342_HS1-416511228_319.1 Flying Discs 1949
Agency: Department of War
Incident date: 1/9/50
Page 45
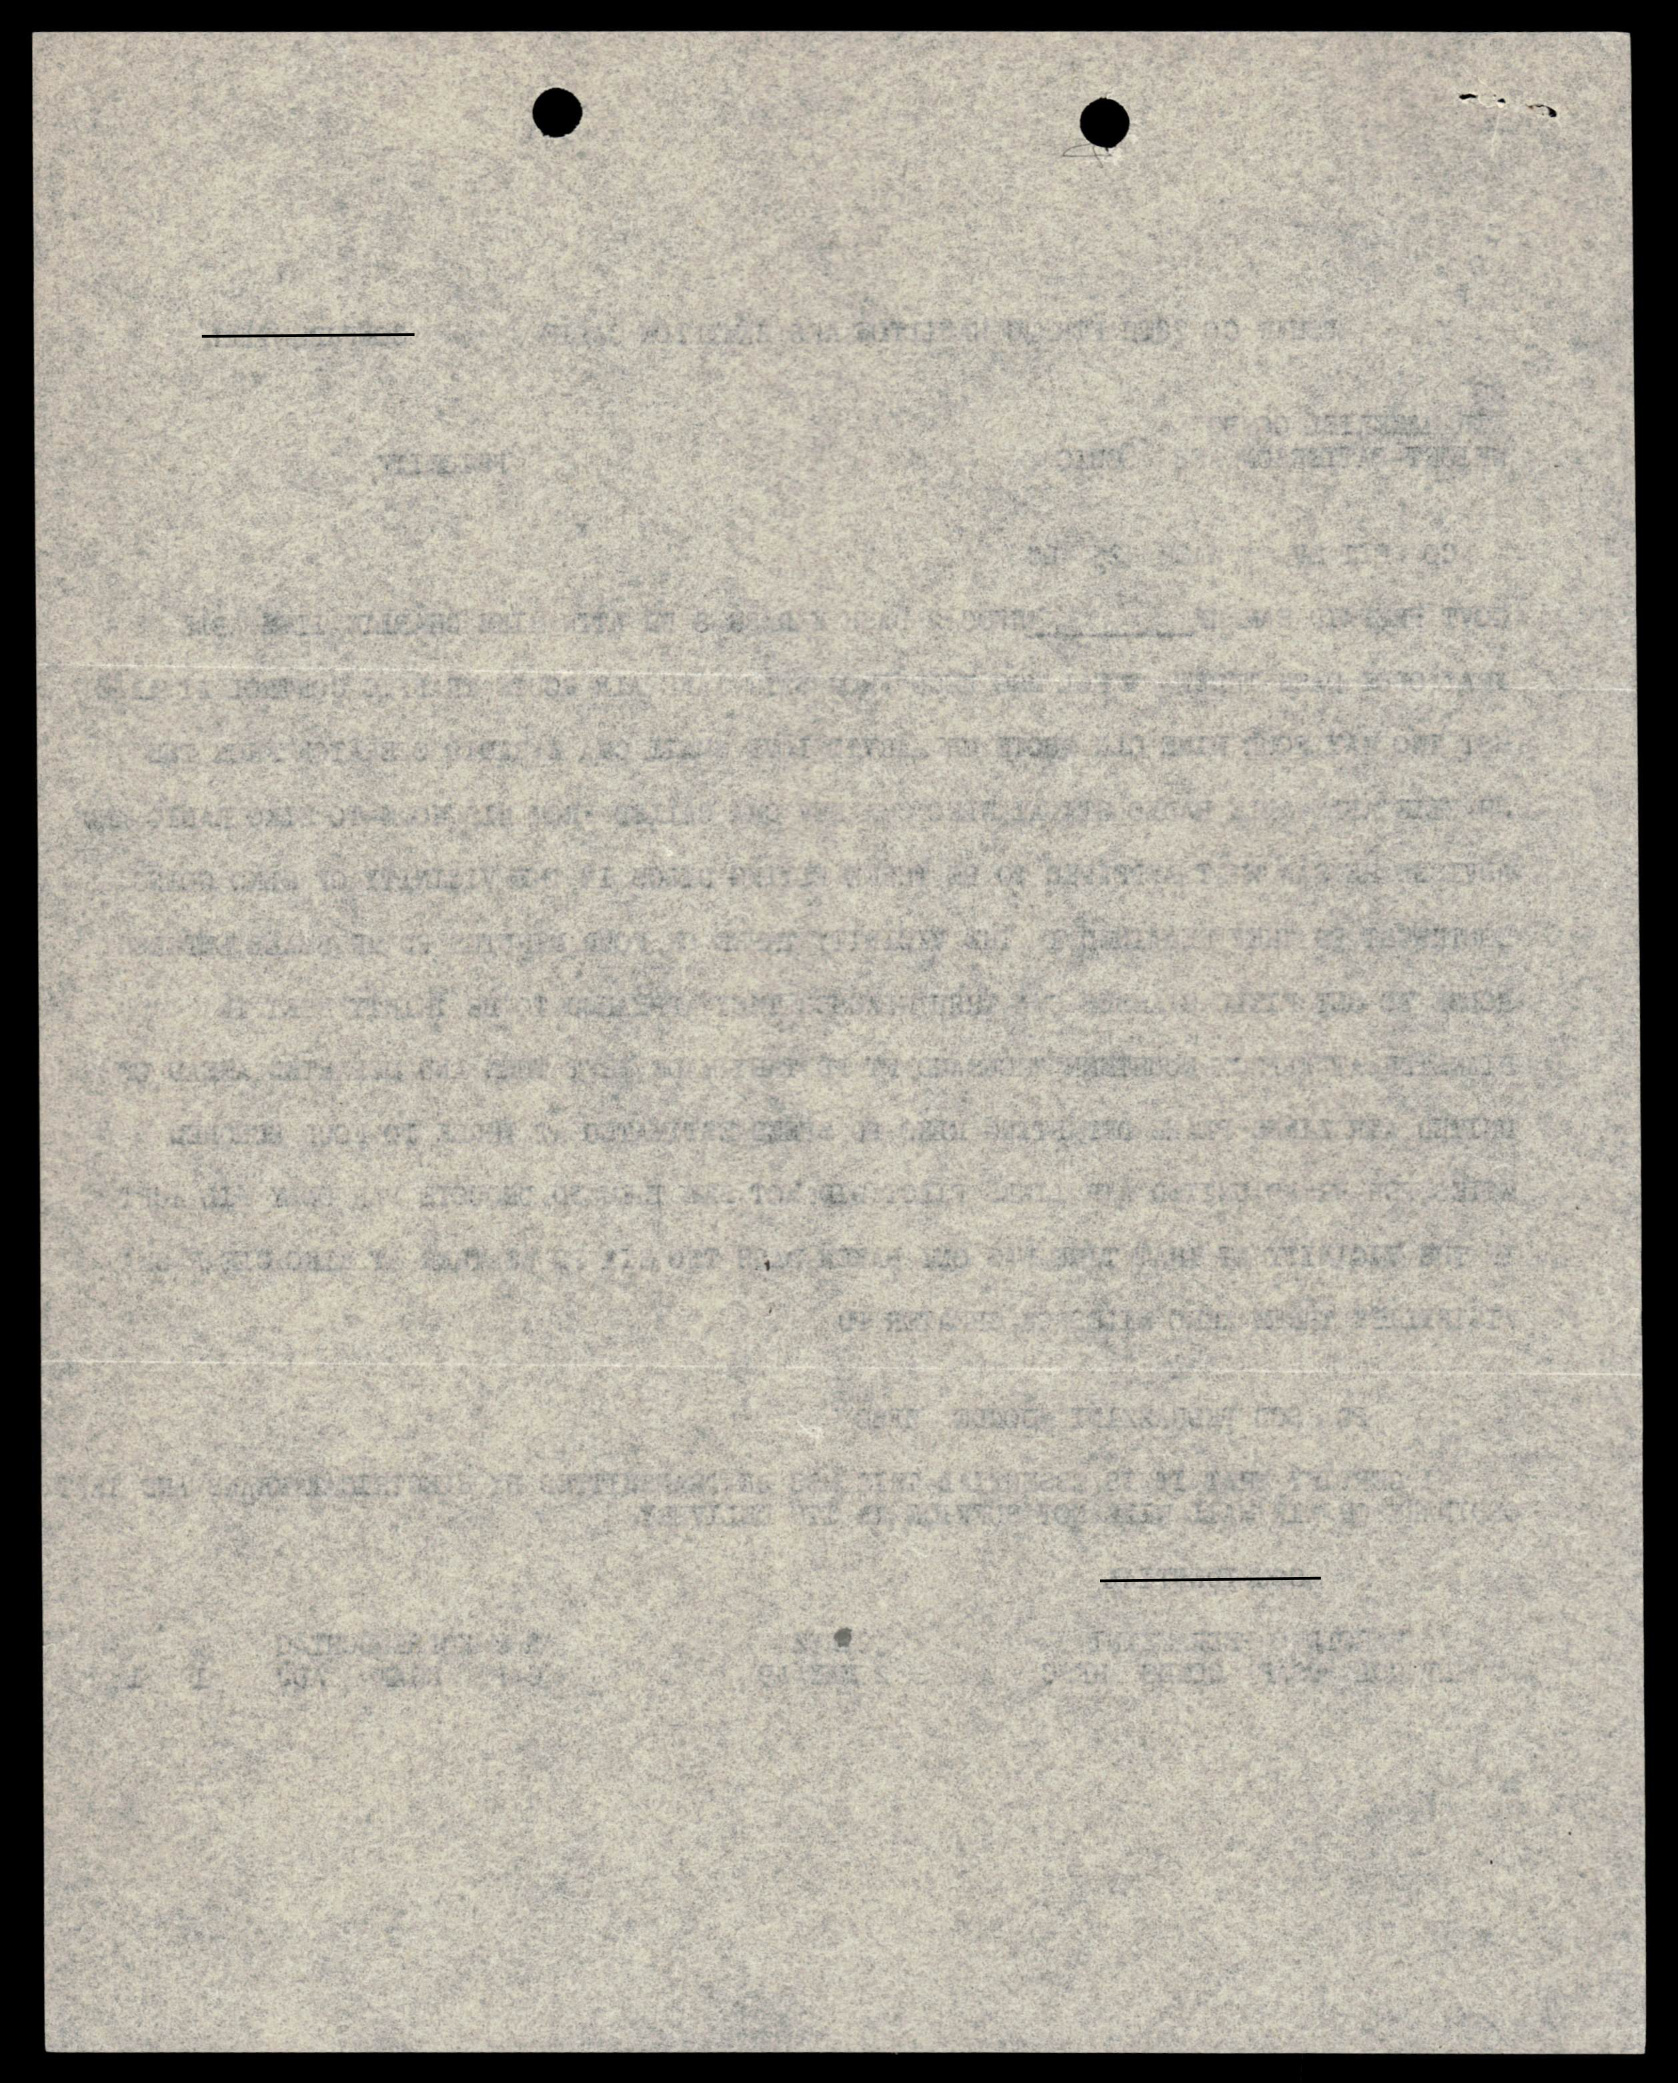